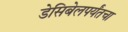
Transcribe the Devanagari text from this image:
डेसिबेलपर्यंतचा